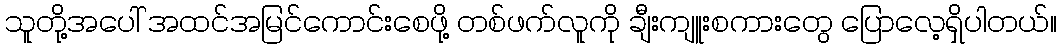
သူတို့အပေါ် အထင်အမြင်ကောင်းစေဖို့ တစ်ဖက်လူကို ချီးကျူးစကားတွေ ပြောလေ့ရှိပါတယ်။